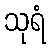
သုရံ